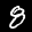
Digit: 8